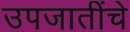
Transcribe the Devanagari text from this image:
उपजातींचे